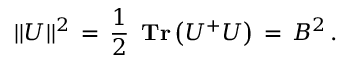
| | U | | ^ { 2 } \, = \, \frac { 1 } { 2 } \, \mathrm { \bf ~ T r } \left( U ^ { + } U \right) \, = \, B ^ { 2 } \, .